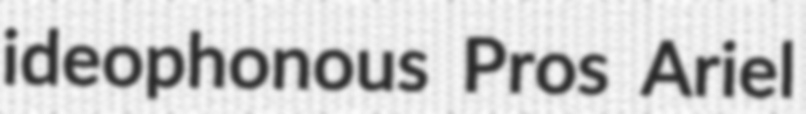
ideophonous Pros Ariel